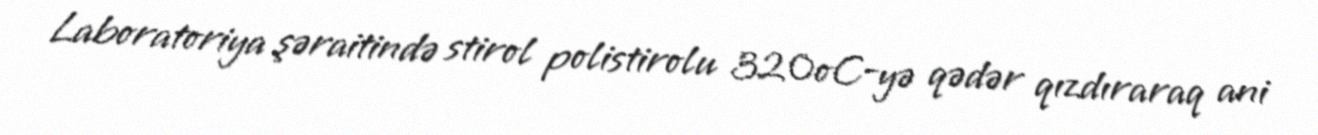
Laboratoriya şəraitində stirol polistirolu 320oC-yə qədər qızdıraraq ani